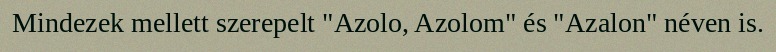
Mindezek mellett szerepelt "Azolo, Azolom" és "Azalon" néven is.